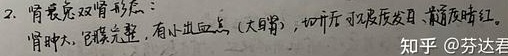
2. 肾表层双肾形态：肾肿大，包膜完整，有小出血点（大目胃），切开可见皮质发白、髓质暗红。知乎 @芬达君